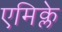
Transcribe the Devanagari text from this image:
एमिक्ले